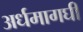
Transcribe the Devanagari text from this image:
अर्धमागघी